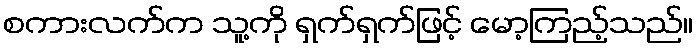
စကားလက်က သူ့ကို ရှက်ရှက်ဖြင့် မော့ကြည့်သည်။